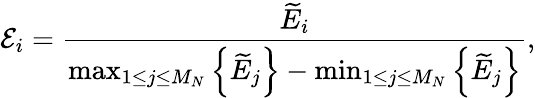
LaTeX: \mathcal E_{i}=\frac{\widetilde E_{i}}{\operatorname*{max}_{1\le j\le M_{N}}\left\{ \widetilde E_{j}\right\} -\operatorname*{min}_{1\le j\le M_{N}}\left\{ \widetilde E_{j}\right\} },